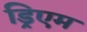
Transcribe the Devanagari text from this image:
ड्रिएम